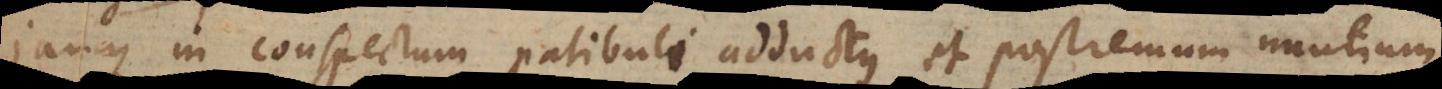
jamque in conspectum patibuli adductus et postremum nuntium